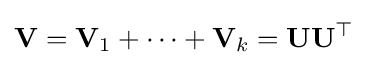
\mathbf {V} =\mathbf {V} _{1}+\cdots +\mathbf {V} _{k}=\mathbf {U} \mathbf {U} ^{\top }